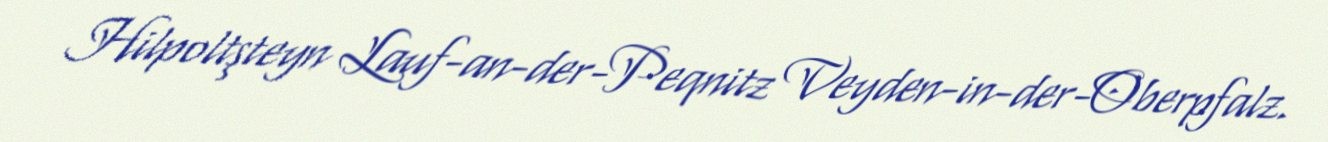
Hilpoltşteyn Lauf-an-der-Peqnitz Veyden-in-der-Oberpfalz.